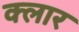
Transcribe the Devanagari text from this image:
क्लार